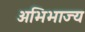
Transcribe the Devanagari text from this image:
अभिभाज्य